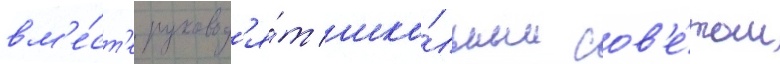
вм'е́ст'е руковод'я́т шко́льным сов'е́том